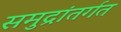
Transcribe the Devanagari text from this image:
समुद्रांतर्गत